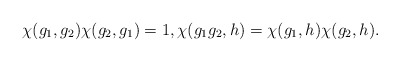
\begin{align*} \chi(g_1,g_2)\chi(g_2,g_1)=1, \chi(g_1g_2,h)=\chi(g_1,h)\chi(g_2,h).\end{align*}